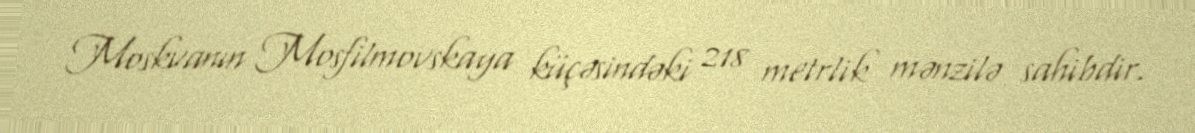
Moskvanın Mosfilmovskaya küçəsindəki 218 metrlik mənzilə sahibdir.